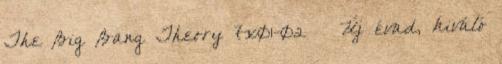
The Big Bang Theory 7x01-02 – Új évad, kiváló